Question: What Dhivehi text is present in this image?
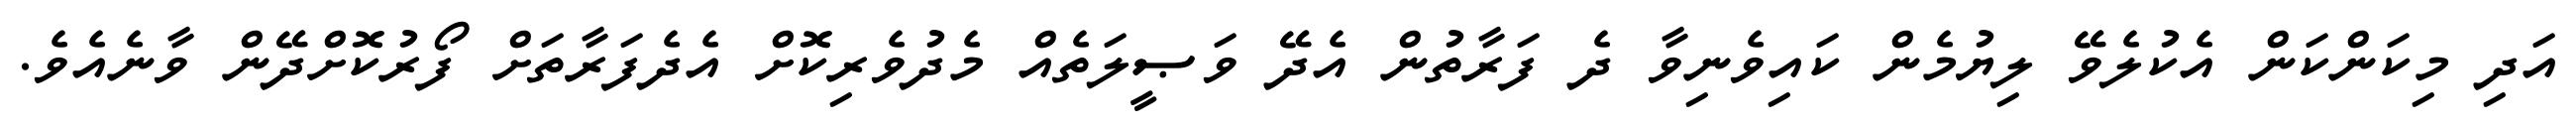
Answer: އަދި މިކަންކަން އެކުލެވޭ ލިޔުމެން ކައިވެނިވާ ދެ ފަރާތުން އެދޭ ވަޞީލަތެއް މެދުވެރިކޮށް އެދެފަރާތަށް ފޯރުކޮށްދޭން ވާނެއެވެ.